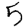
Digit: 5